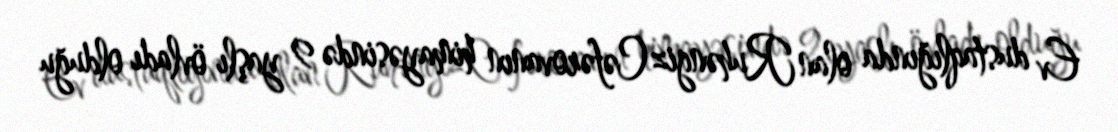
Ev dustaqlığında olan Ruhəngiz Cəfərovanın himayəsində 9 yaşlı övladı olduğu